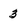
Character: 3